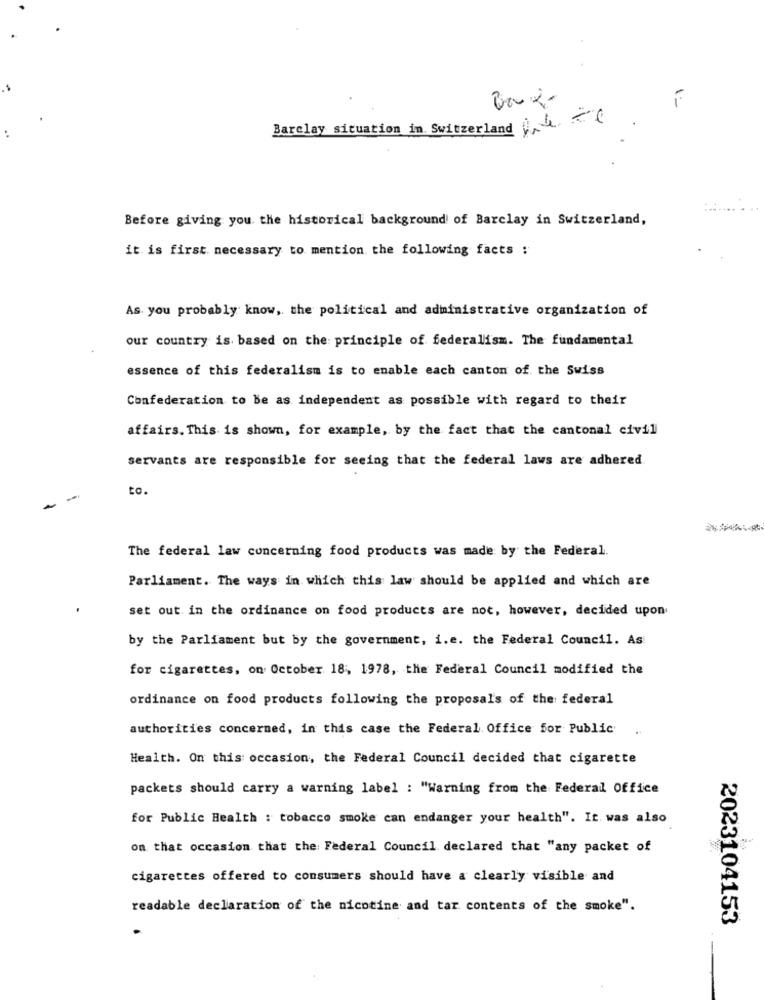
Barclay situation in Switzerland 4 0
Before giving you. the historical background of Barclay in Switzerland,
it is first necessary to mention the following facts :
As you probably know, the political and administrative organization of
our country is based on the principle of federalism. The fundamental
essence of this federalism is to enable each canton of the Swiss
Confederation to be as independent as possible with regard to their
affairs. This is shown, for example, by the fact that the cantonal civil
servants are responsible for seeing that the federal laws are adhered
to.
The federal law concerning food products was made by the Federal.
Parliament. The ways in which this law should be applied and which are
set out in the ordinance on food products are not, however, decided upon
by the Parliament but by the government, i.e. the Federal Council. As
for cigarettes, on October 18 :, 1978, the Federal Council modified the
ordinance on food products following the proposal's of the federal
authorities concerned, in this case the Federal Office for Public
.
Health. On this occasion, the Federal Council decided that cigarette
packets should carry a warning label : "Warning from the Federal Office
for Public Health : tobacco smoke can endanger your health". It was also
on that occasion that the Federal Council declared that "any packet of
cigarettes offered to consumers should have a clearly visible and
readable declaration of the nicotine and tar contents of the smoke".
2023104153